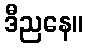
ဒီညနေ။